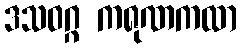
ဒသဝဂ္ဂ ကရုဏကထာ